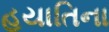
હયાતિના